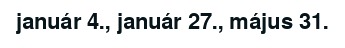
január 4., január 27., május 31.